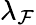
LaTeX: \lambda_{\mathcal{F}}